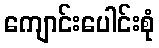
ကျောင်းပေါင်းစုံ